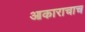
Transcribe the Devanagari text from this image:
आकाराचाच